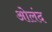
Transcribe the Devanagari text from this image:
ओलंद